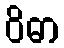
ဝိဓာ